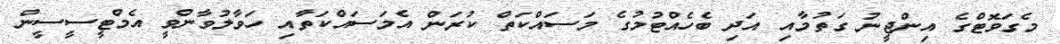
މެގަވޮޓްގެ އިންޖީނު ގަތުމާއި އަދި ބެހެއްޓުމުގެ މަސައްކަތް ކުރަން އެމަސައްކަތާއި ހަވާލުވާންވީ އެމްޓީސީސީން